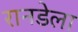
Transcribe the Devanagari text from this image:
रानडेला